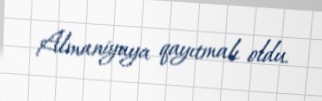
Almaniyaya qayıtmalı oldu.